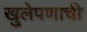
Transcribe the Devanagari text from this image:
खुलेपणाची